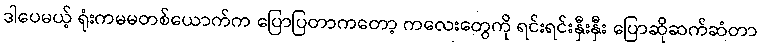
ဒါပေမယ့် ရုံးကမမတစ်ယောက်က ပြောပြတာကတော့ ကလေးတွေကို ရင်းရင်းနှီးနှီး ပြောဆိုဆက်ဆံတာ